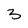
Character: 3